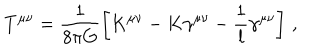
T ^ { \mu \nu } = \frac { 1 } { 8 \pi G } \left[ K ^ { \mu \nu } - K \gamma ^ { \mu \nu } - \frac 1 l \gamma ^ { \mu \nu } \right] \, ,